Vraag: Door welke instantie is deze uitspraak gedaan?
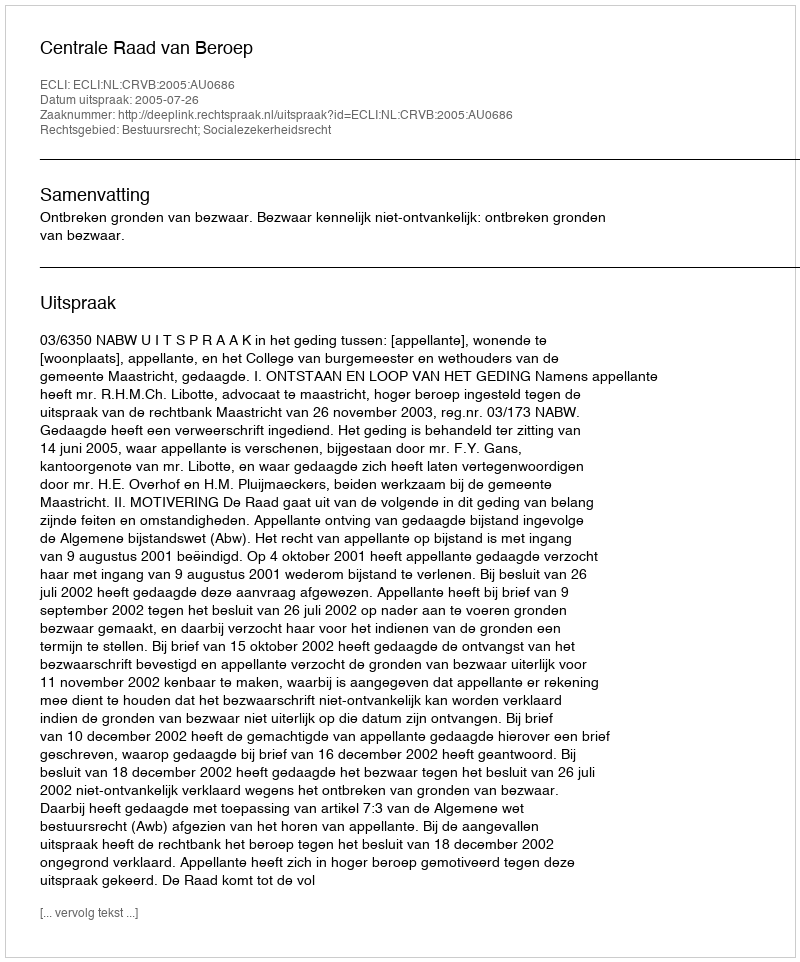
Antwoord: Centrale Raad van Beroep